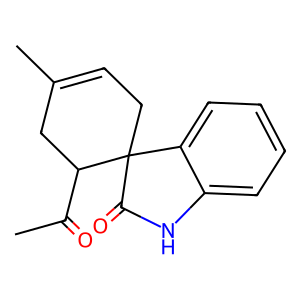
SMILES: CC(=O)C1CC(C)=CCC12C(=O)Nc1ccccc12
Inhibits HIV replication: No